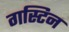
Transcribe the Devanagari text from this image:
गस्टिन